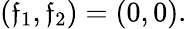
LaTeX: (\mathfrak{f}_{1},\mathfrak{f}_{2})=(0,0).